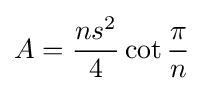
A={\frac {ns^{2}}{4}}\cot {\frac {\pi }{n}}